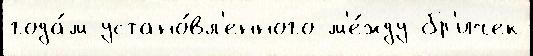
года́м устано́вл'енного м'е́жду бр'ичек